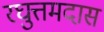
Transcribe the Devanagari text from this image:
रघुत्तमदास